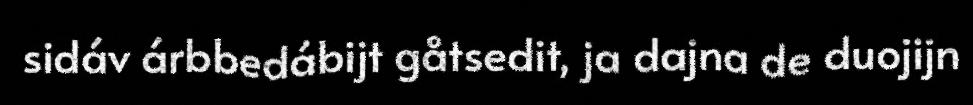
sidáv árbbedábijt gåtsedit, ja dajna de duojijn